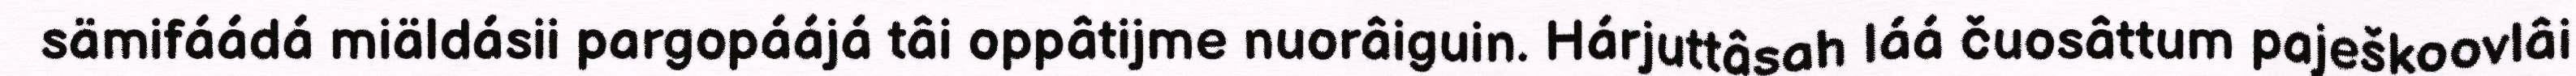
sämifáádá miäldásii pargopáájá tâi oppâtijme nuorâiguin. Hárjuttâsah láá čuosâttum paješkoovlâi